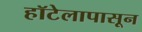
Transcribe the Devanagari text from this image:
हॉटेलापासून